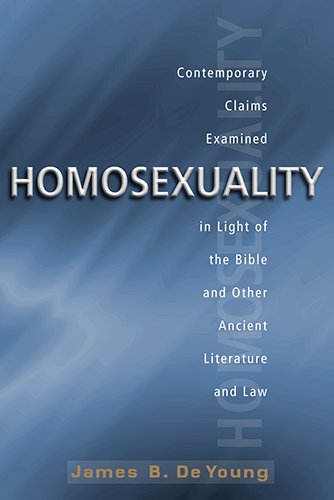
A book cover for Homosexuality: Contemporary Claims Examined in Light of the Bible and Other Ancient Literature and Law; James B. De Young; Law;